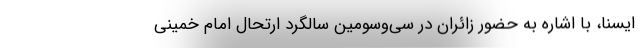
ایسنا، با اشاره به حضور زائران در سی‌وسومین سالگرد ارتحال امام خمینی